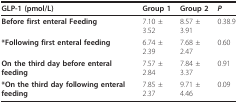
| GLP-1 (pmol/L) | Group 1 | Group 2 | P |
 | --- | --- | --- | --- |
 | Before first enteral Feeding | 7.10 ± 3.52 | 8.57 ± 3.91 | 0.38.9 |
 | *Following first enteral feeding | 6.74 ± 2.39 | 7.68 ± 2.47 | 0.60 |
 | On the third day before enteral feeding | 7.57 ± 2.84 | 7.84 ± 3.37 | 0.91 |
 | *On the third day following enteral feeding | 7.85 ± 2.37 | 9.71 ± 4.46 | 0.09 |